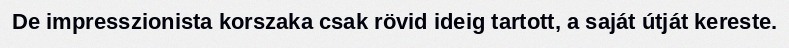
De impresszionista korszaka csak rövid ideig tartott, a saját útját kereste.